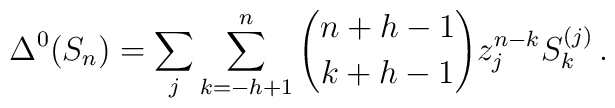
\Delta^0(S_n) = \sum_{j} \sum_{k=-h+1}^n  {n+h-1 \choose k+h-1} z_j^{n-k} S_k^{(j)}\,.